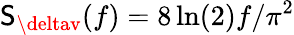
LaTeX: \mathsf{S}_{\deltav}(f)=8\ln(2)f/\pi^{2}